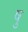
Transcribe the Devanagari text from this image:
षु